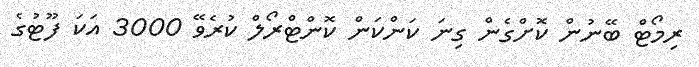
ރިމޯޓް ބޭނުން ކޮށްގެން ގިނަ ކަންކަން ކޮންޓްރޯލް ކުރެވޭ 3000 އަކަ ފޫޓުގެ